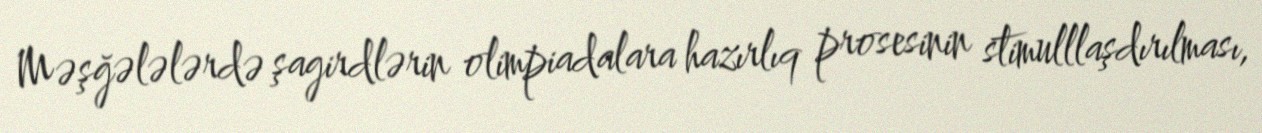
Məşğələlərdə şagirdlərin olimpiadalara hazırlıq prosesinin stimulllaşdırılması,